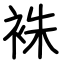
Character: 袾